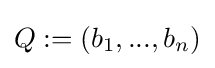
Q:=(b_{1},...,b_{n})